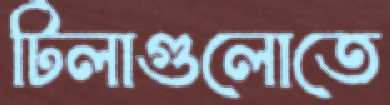
টিলাগুলোতে